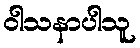
ဝါသနာပါသူ